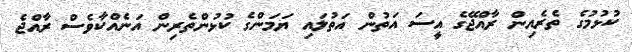
ކުޅުމުގެ ތެރެެއިން ރާއްޖޭގެ އީސަ އަތުން އަތުލައި ޔަމަންގެ ކުޅުންތެރިން އަނެއްކާވެސް ރާއްޖެ